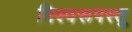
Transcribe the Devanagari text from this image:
विश्वरूपस्तु